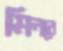
মিনবে